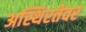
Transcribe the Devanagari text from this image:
अस्थिरतेवर